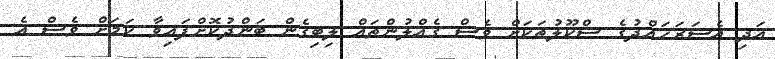
އަދި އެސަރަހައްދުގެ ސްކޫލުތަކަށް ވެސް ގެއްލުންތައް ލިބިގެން ބަންދުކޮށްފައިވާ ކަމަށް ވެސް އެ